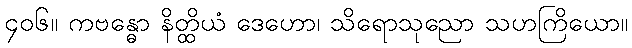
၄၀၆။ ကဗန္ဓော နိတ္ထိယံ ဒေဟော၊ သိရောသုညော သဟကြိယော။